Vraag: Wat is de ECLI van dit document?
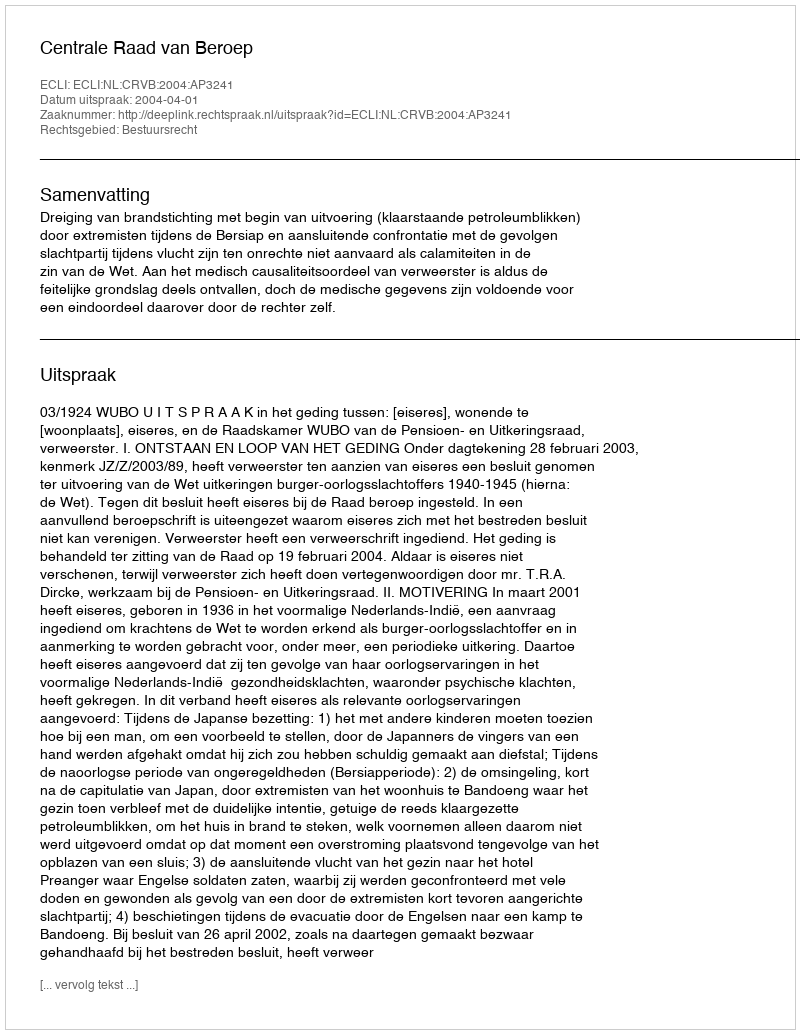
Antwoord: ECLI:NL:CRVB:2004:AP3241